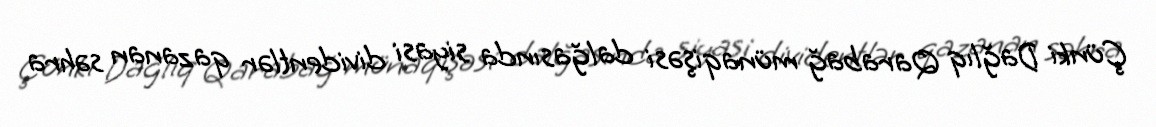
Çünki Dağlıq Qarabağ münaqişəsi dalğasında siyasi dividentlər qazanan səhra